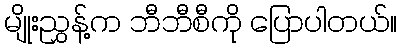
မျိုးညွှန့်က ဘီဘီစီကို ပြောပါတယ်။